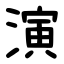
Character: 演